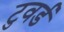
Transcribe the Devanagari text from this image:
टुवर्ड